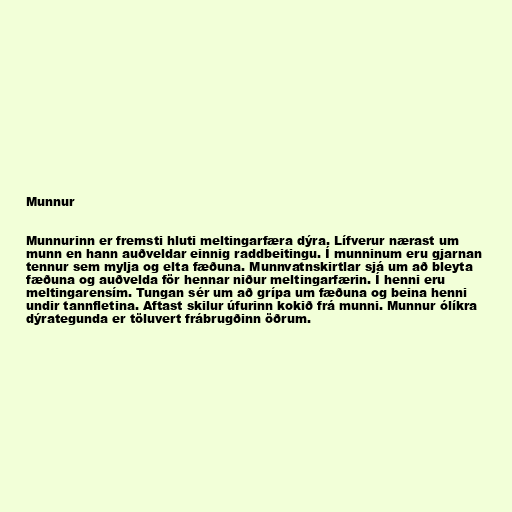
Munnur

Munnurinn er fremsti hluti meltingarfæra dýra. Lífverur nærast um
munn en hann auðveldar einnig raddbeitingu. Í munninum eru gjarnan
tennur sem mylja og elta fæðuna. Munnvatnskirtlar sjá um að bleyta
fæðuna og auðvelda för hennar niður meltingarfærin. Í henni eru
meltingarensím. Tungan sér um að grípa um fæðuna og beina henni
undir tannfletina. Aftast skilur úfurinn kokið frá munni. Munnur ólíkra
dýrategunda er töluvert frábrugðinn öðrum.